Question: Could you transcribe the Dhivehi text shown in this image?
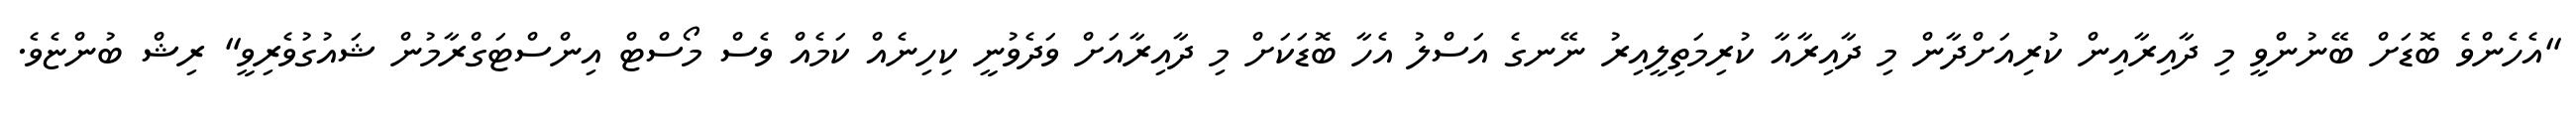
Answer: "އެހެންވެ ބޮޑަށް ބޭނުންވީ މި ދާއިރާއިން ކުރިއަށްދާން މި ދާއިރާއާ ކުރިމަތިލީއިރު ނޭނގެ އަސްލު އެހާ ބޮޑަކަށް މި ދާއިރާއަށް ވަދެވުނީ ކިހިނެއް ކަމެއް ވެސް މޯސްޓް އިންސްޓަގްރާމުން ޝައުގުވެރިވީ" ރިޝް ބުންޏެވެ.